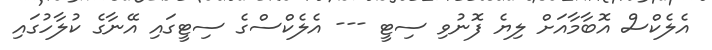
އެލެކްސް އޮބާމާއަށް ލިޔެ ފޮނުވި ސިޓީ --- އެލެކްސްގެ ސިޓީގައި އޭނާގެ ކުލާހުގައި